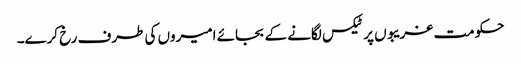
حکومت غریبوں پر ٹیکس لگانے کے بجائے امیروں کی طرف رخ کرے۔